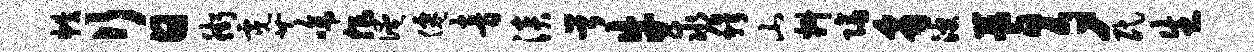
帙行日街霓芹啼非淹仙音淡首牛求穆山料隔豸波蓍夕民生